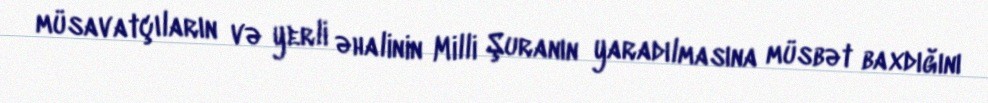
müsavatçıların və yerli əhalinin Milli Şuranın yaradılmasına müsbət baxdığını